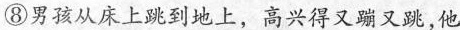
⑩男孩从床上跳到地上，高兴得又蹦又跳，他